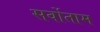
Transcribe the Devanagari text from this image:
सर्वोताम